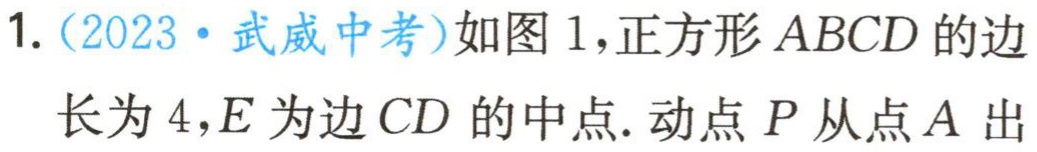
1.（2023·武威中考）如图1，正方形 \(ABCD\) 的边长为 \(4\)，\(E\) 为边 \(CD\) 的中点. 动点 \(P\) 从点 \(A\) 出